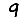
Digit: 9